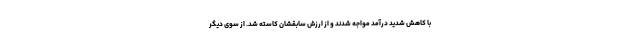
با کاهش شدید درآمد مواجه شدند و از ارزش سابقشان کاسته شد. از سوی دیگر